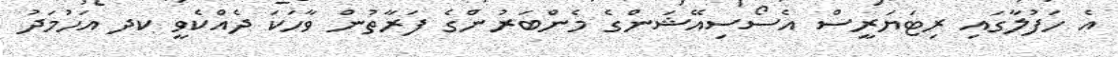
އެ ހަފުލާގައި ރިޓަޔަރީސް އެސޯސިއޭޝަންގެ މެންބަރުންގެ ފަރާތުން ވާހަކަ ދެއްކެވީ ކދ އަހުމަދު